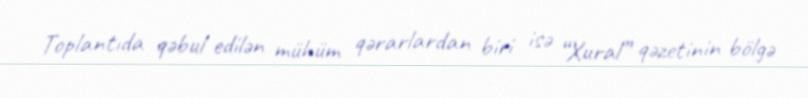
Toplantıda qəbul edilən mühüm qərarlardan biri isə “Xural” qəzetinin bölgə